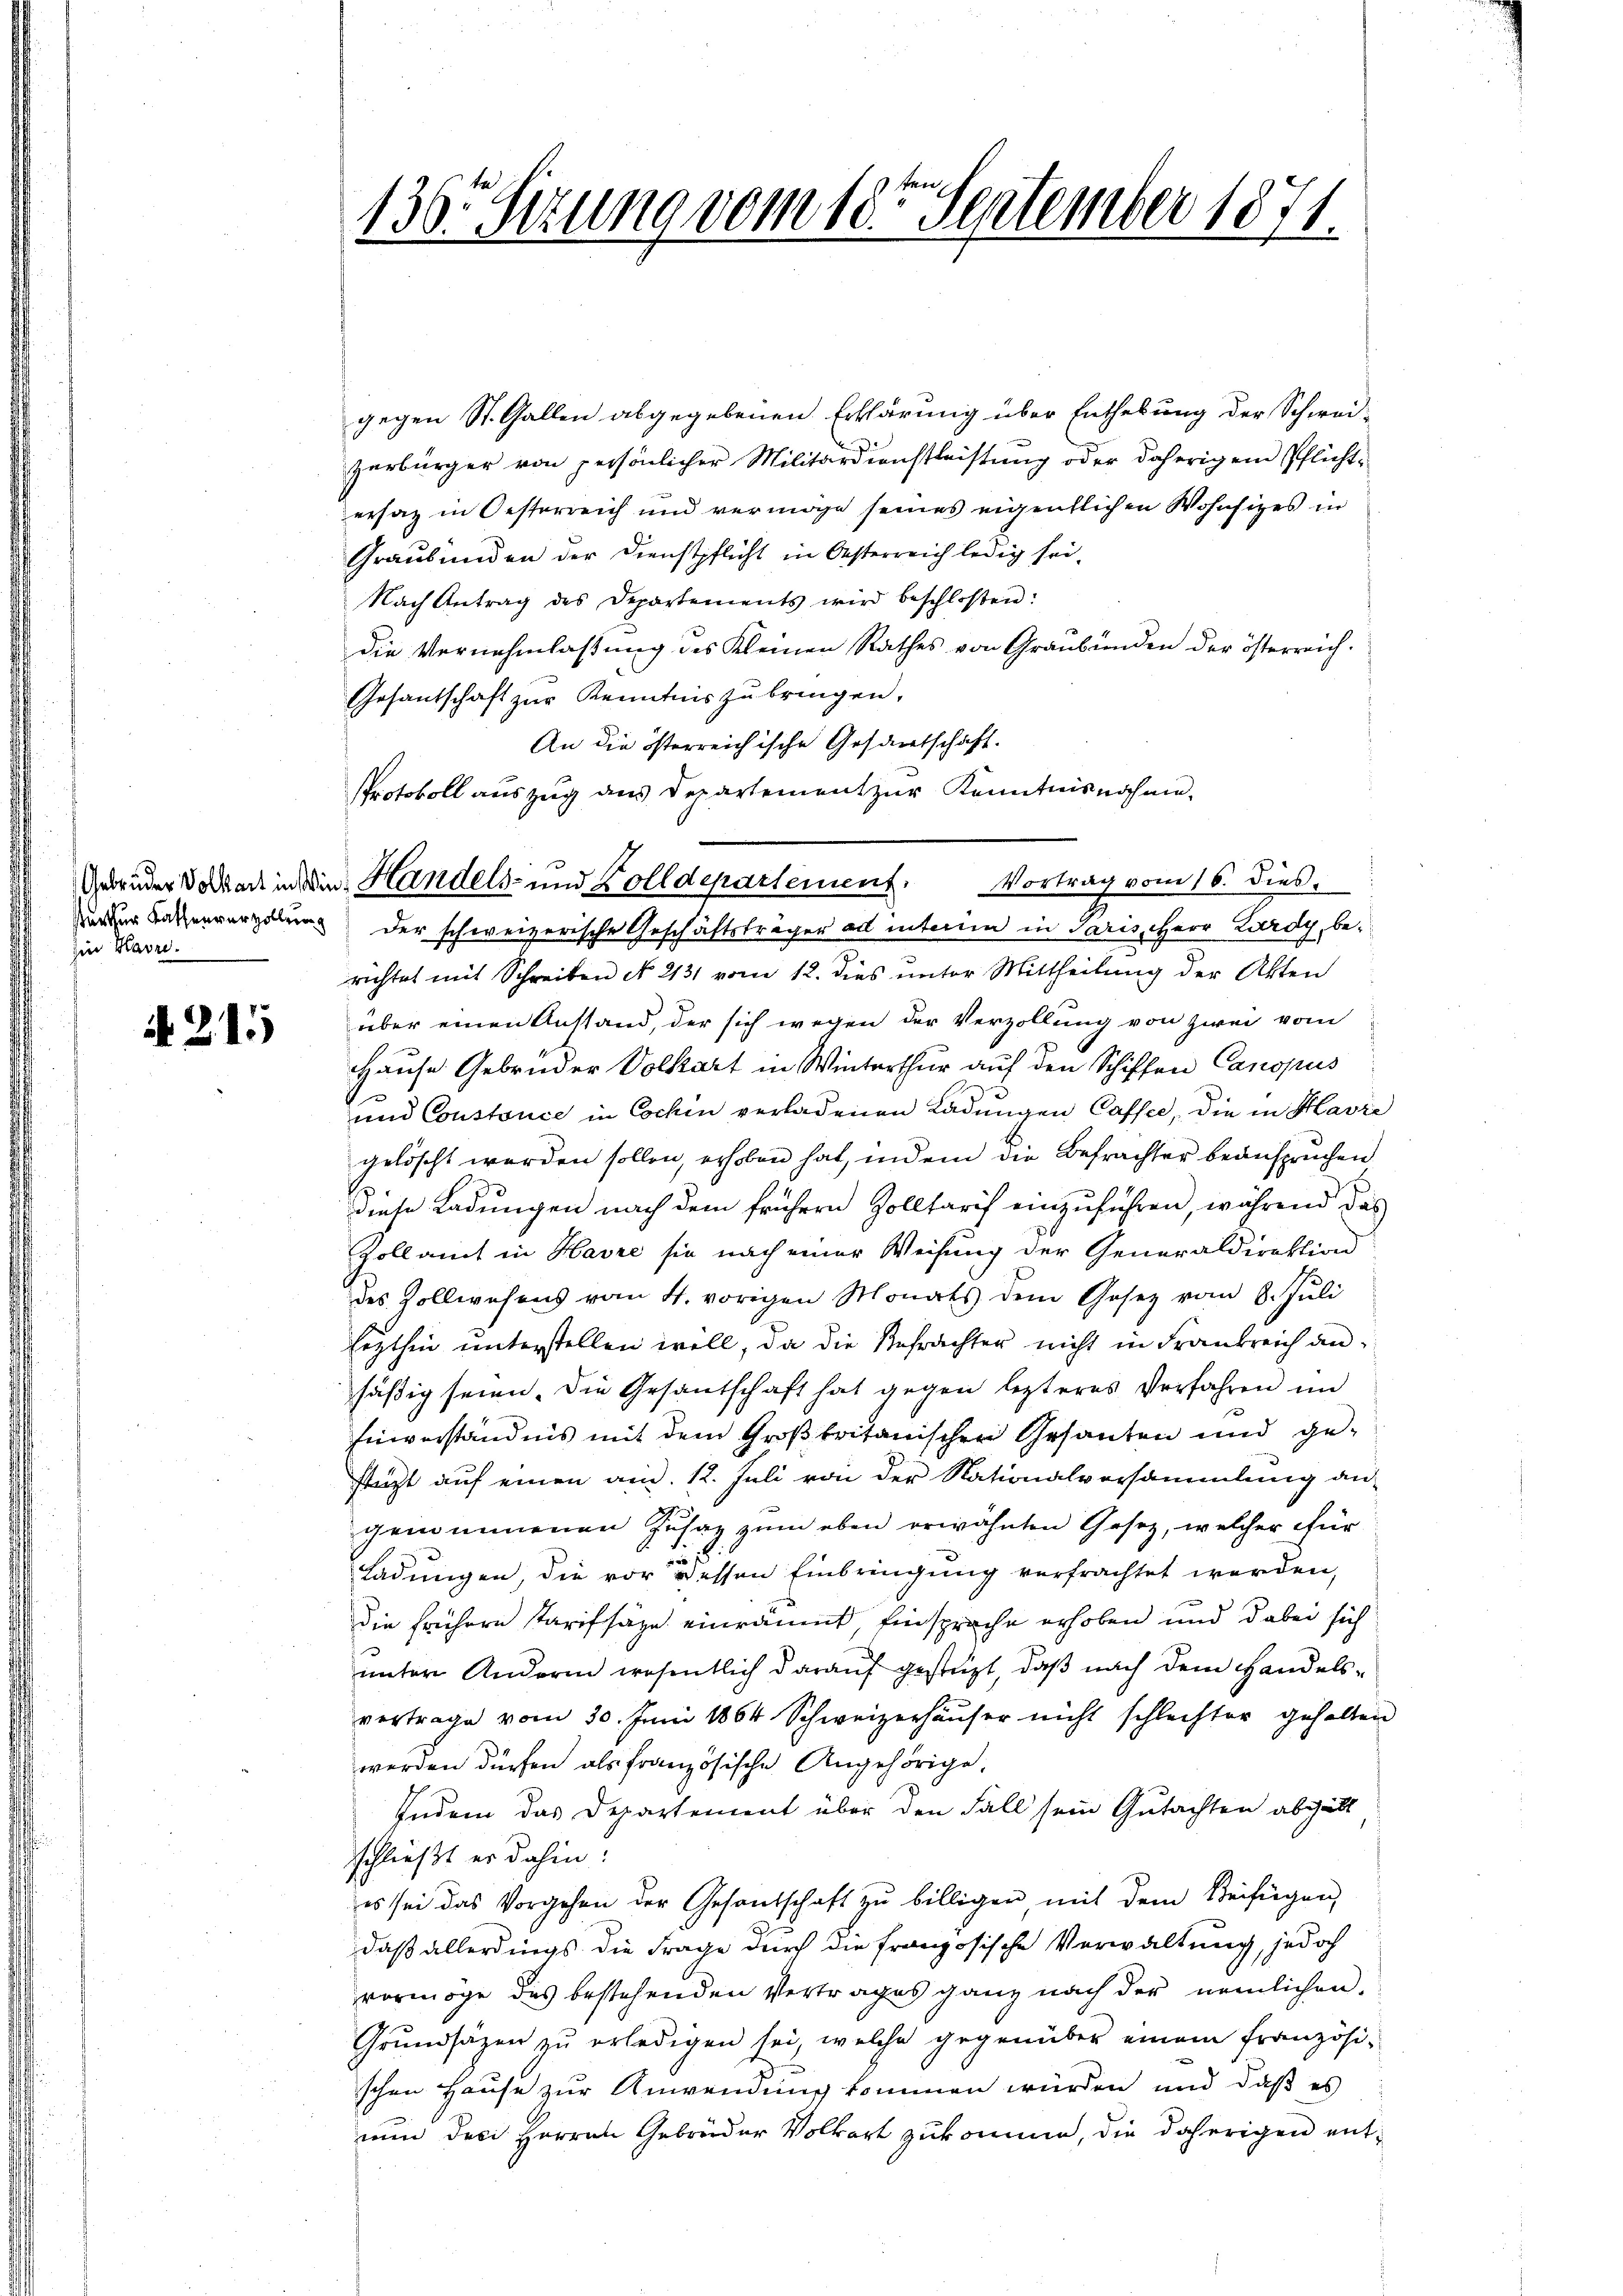
arthur Kassenverzollung
zin Havre.

N 215

136. Sitzung vom 18ten September 1871.

gegen St. Gallen abgegebenen Erklärung über Enthebung der Schwei-
zerbürger von persönlicher Militärdienstleistung oder daherigem Pflichtersatz in Oesterreich und vermöge seines eigentlichen Wohnsitzes in
Graubünden der Dienstpflicht in Oesterreich ledig sei.
Nach Antrag des Departements wird beschloßen:
die Vernehmlassung des Kleinen Rathes von Graubünden der österreich¬
Gesantschaft zur Kenntnis zu bringen,
An die österreichische Gesamtschaft.
Protokoll auszug aus Departement zur Kenntnisnahme.
Der schweizerische Geschäftsträger ad interim in Paris, Herr Lardy, berichtet mit Schreiben No 2131 vom 12. dies unter Mittheilung der Akten
über einen Anstand, der sich wegen der Verzollung von zwei vom
Hause Gebrüder Volkart in Winterthur auf den Schiffen Canopus
und Coustouce in Cochin verladenen Ladungen Caffee, die in Havre
gelöscht werden sollen, erhoben hat, indem die Befrachter beanspruchen
Diese Ladungen nach dem frühern Zolltarif einzuführen, während das
Zollamt in Havre sie nach einer Weisung der Generaldirektion
des Zollwesens vom 4. vorigen Monats dem Gesetz vom 8. Jŭli
leythen unterstellen will, da die Befrachter nicht in Frankreich an
säßig seien. Die Gesantschaft hat gegen lezteres Verfahren in
Einverständnis mit dem Großbritanischen Gesanten und gestützt auf einen an. 12. Juli von der Nationalversammlung an-
genommenen Zusaz zum eben erwähnten Gesetz, welcher für
ß
Ladungen, die vor dessen Einbringung verfrachtet werden,
die frühern starifsäge einräumt Einsprache erhoben und dabei sich
unter Andern wesentlich darauf gestüzt, daß nach dem Handels-
vertrage vom 30. Juni 1864 Schweizerhäuser nicht schlechter gehalten
werden dürfen als französische Angehörige,
Indem das Departement über den Fall sein Gutachten abgibt
schließt er dahin:
es sei das Vorgehen der Gesandschaft zŭ billigen mit dem Beifügen,
daß allerdings die Frage durch die französische Verwaltung, jedoch
vermöge des bestehenden Vertrages ganz nach der nämlichen
Grundsätzen zu erledigen sei, welche gegenüber einem französi-
schen Hause zur Anwendung kommen würden und daß es
nun des Herren Gebrüder Volkart zukomme, die daherigen ent¬

Gebrüder Vorar in die Handels- und Bolldepartement. Vortrag vom 16. dies